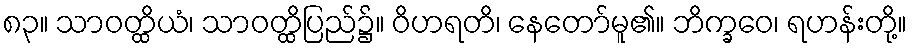
၈၃။ သာဝတ္ထိယံ၊ သာဝတ္ထိပြည်၌။ ဝိဟရတိ၊ နေတော်မူ၏။ ဘိက္ခဝေ၊ ရဟန်းတို့။